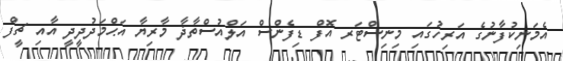
އެމަނިކުފާނުގެ އަރިހުގައި މިނިސްޓަރ އޮފް ޑިފެންސް އަލްއުސްތާޛާ މާރިޔާ އަޙްމަދުދީދީ އާއި ޗީފް